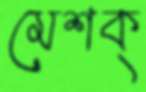
মেশক্